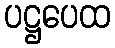
ပဋ္ဌပေထ